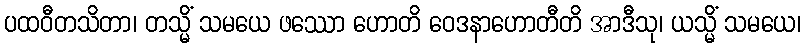
ပထဝီတသိတာ၊ တသ္မိံ သမယေ ဖဿော ဟောတိ ဝေဒနာဟောတီတိ အာဒီသု၊ ယသ္မိံ သမယေ၊